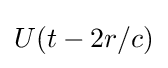
U(t-2r/c)